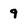
Character: 9